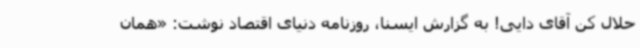
حلال کن آقای دایی! به گزارش ایسنا، روزنامه دنیای‌ اقتصاد نوشت: «همان‌